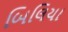
બિલિયા